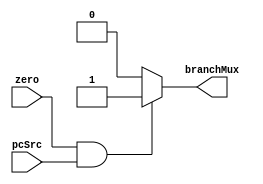


module and_gate(zero, pcSrc, branchMux);
	input zero, pcSrc;
	output reg branchMux;

	always @ (*) begin
		if ((zero == 1) && (pcSrc == 1)) begin
			branchMux = 1'b1;
		end else begin
			branchMux = 1'b0;
		end
	end

endmodule

/*
module and_gate_tb();
	reg zero_tb;
	reg pcSrc_tb;
	wire branchMux_tb;

	initial begin
		$display("AndGate Testbench");
		zero_tb = 1;
		pcSrc_tb = 1;
		#1
		$display("%h, %h --> %h", zero_tb, pcSrc_tb, branchMux_tb);


		$finish;
	end


	and_gate and_gate(zero_tb, pcSrc_tb, branchMux_tb);
endmodule
*/